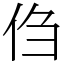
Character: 㑇